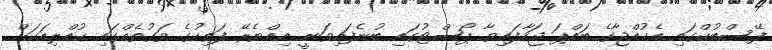
ފޭސްބުކްގައި އެކުއްޖާގެ ބައްޕަ ޖަހާފައިވާ ޕޯސްޓުގައި ބުނެފައިވަނީ އިއްޔެރޭ ފަތިހުގެ ވަގުތެއްގައި ކުއްލިއަކަށް